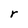
Character: r